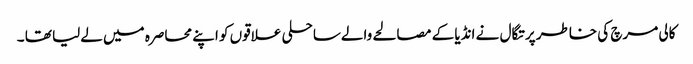
کالی مرچ کی خاطر پرتگال نے انڈیا کے مصالحے والےساحلی علاقوں کو اپنے محاصرہ میں لےلیا تھا ۔